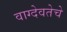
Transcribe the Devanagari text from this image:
वाग्देवतेचे